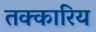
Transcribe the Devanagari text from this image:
तक्कारिय